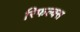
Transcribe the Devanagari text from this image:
रिफल्क्स